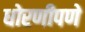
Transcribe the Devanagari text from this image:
धोरणीपणे